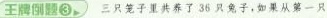
王牌倒题③ 三只笼子里共养了36只兔子，如果从第一只